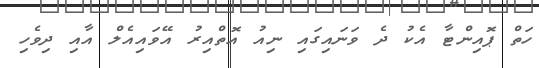
ހަތް ޕޮއިންޓާ އެކު ދެ ވަނައިގައި ނިއު އޮތްއިރު އޭވައިއެލް އާއި ދިވެހި